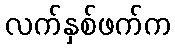
လက်နှစ်ဖက်က